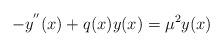
LaTeX: \begin{align*}-y^{^{\prime\prime}}(x)+q(x)y(x)=\mu^{2}y(x)\end{align*}